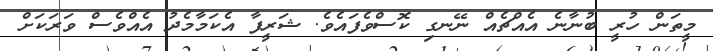
މީތަން ހުރީ ބުނާނެ އެއްޗެއް ނޭނގި ކޮސްވެފައެވެ. ޝަރީފާ އެކަމާމެދު އެއްވެސް ވަރަކަށް